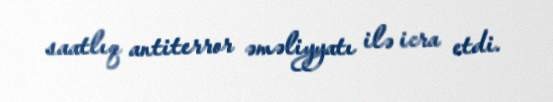
saatlıq antiterror əməliyyatı ilə icra etdi.